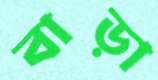
বাড়া